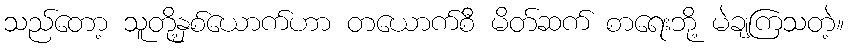
သည်တော့ သူတို့နှစ်ယောက်ဟာ တယောက်စီ မိတ်ဆက် စာရေးဘို့ မဲချကြသတဲ့။